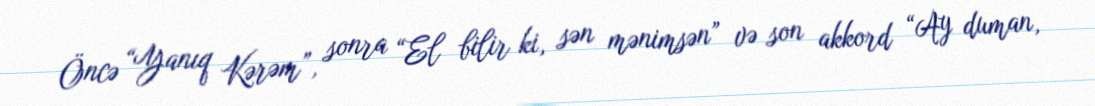
Öncə “Yanıq Kərəm”, sonra “El bilir ki, sən mənimsən” və son akkord “Ay duman,